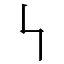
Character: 𠃑